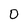
Character: O